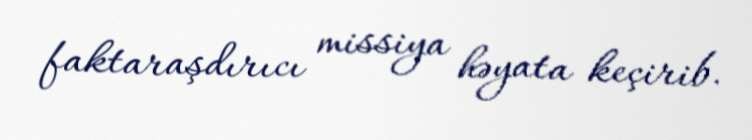
faktaraşdırıcı missiya həyata keçirib.